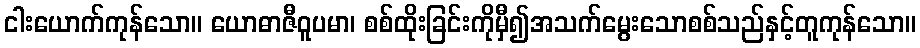
ငါးယောက်ကုန်သော။ ယောဓာဇီဝူပမာ၊ စစ်ထိုးခြင်းကိုမှီ၍အသက်မွေးသောစစ်သည်နှင့်တူကုန်သော။